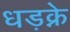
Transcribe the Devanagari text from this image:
धड़क्ने